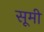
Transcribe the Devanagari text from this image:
सूमी